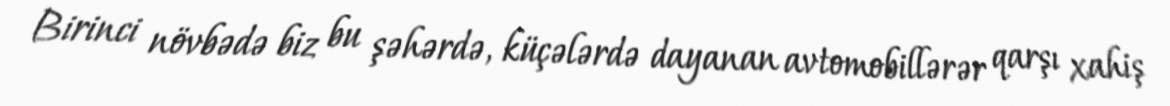
Birinci növbədə biz bu şəhərdə, küçələrdə dayanan avtomobillərər qarşı xahiş